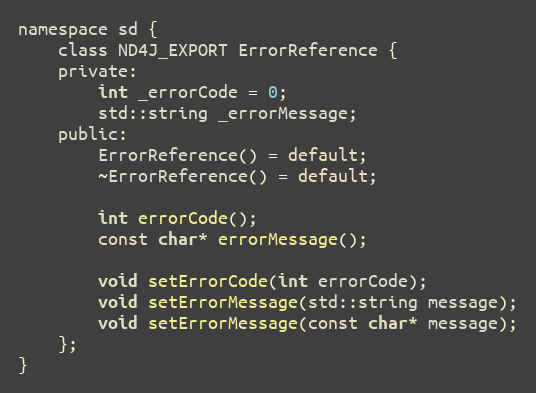
Language: C
namespace sd {
    class ND4J_EXPORT ErrorReference {
    private:
        int _errorCode = 0;
        std::string _errorMessage;
    public:
        ErrorReference() = default;
        ~ErrorReference() = default;

        int errorCode();
        const char* errorMessage();

        void setErrorCode(int errorCode);
        void setErrorMessage(std::string message);
        void setErrorMessage(const char* message);
    };
}